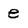
Character: e